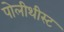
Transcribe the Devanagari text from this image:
पोलीथीस्ट